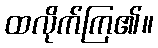
ထလိုက်ကြ၏။